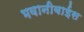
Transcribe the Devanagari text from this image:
भवानीबाईस